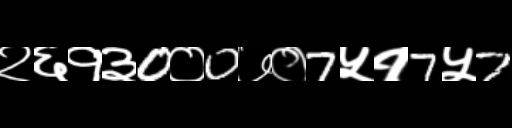
Text: २६१३0०0७०7५१7५7